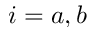
i = a , b